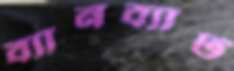
ব্যানব্যাট